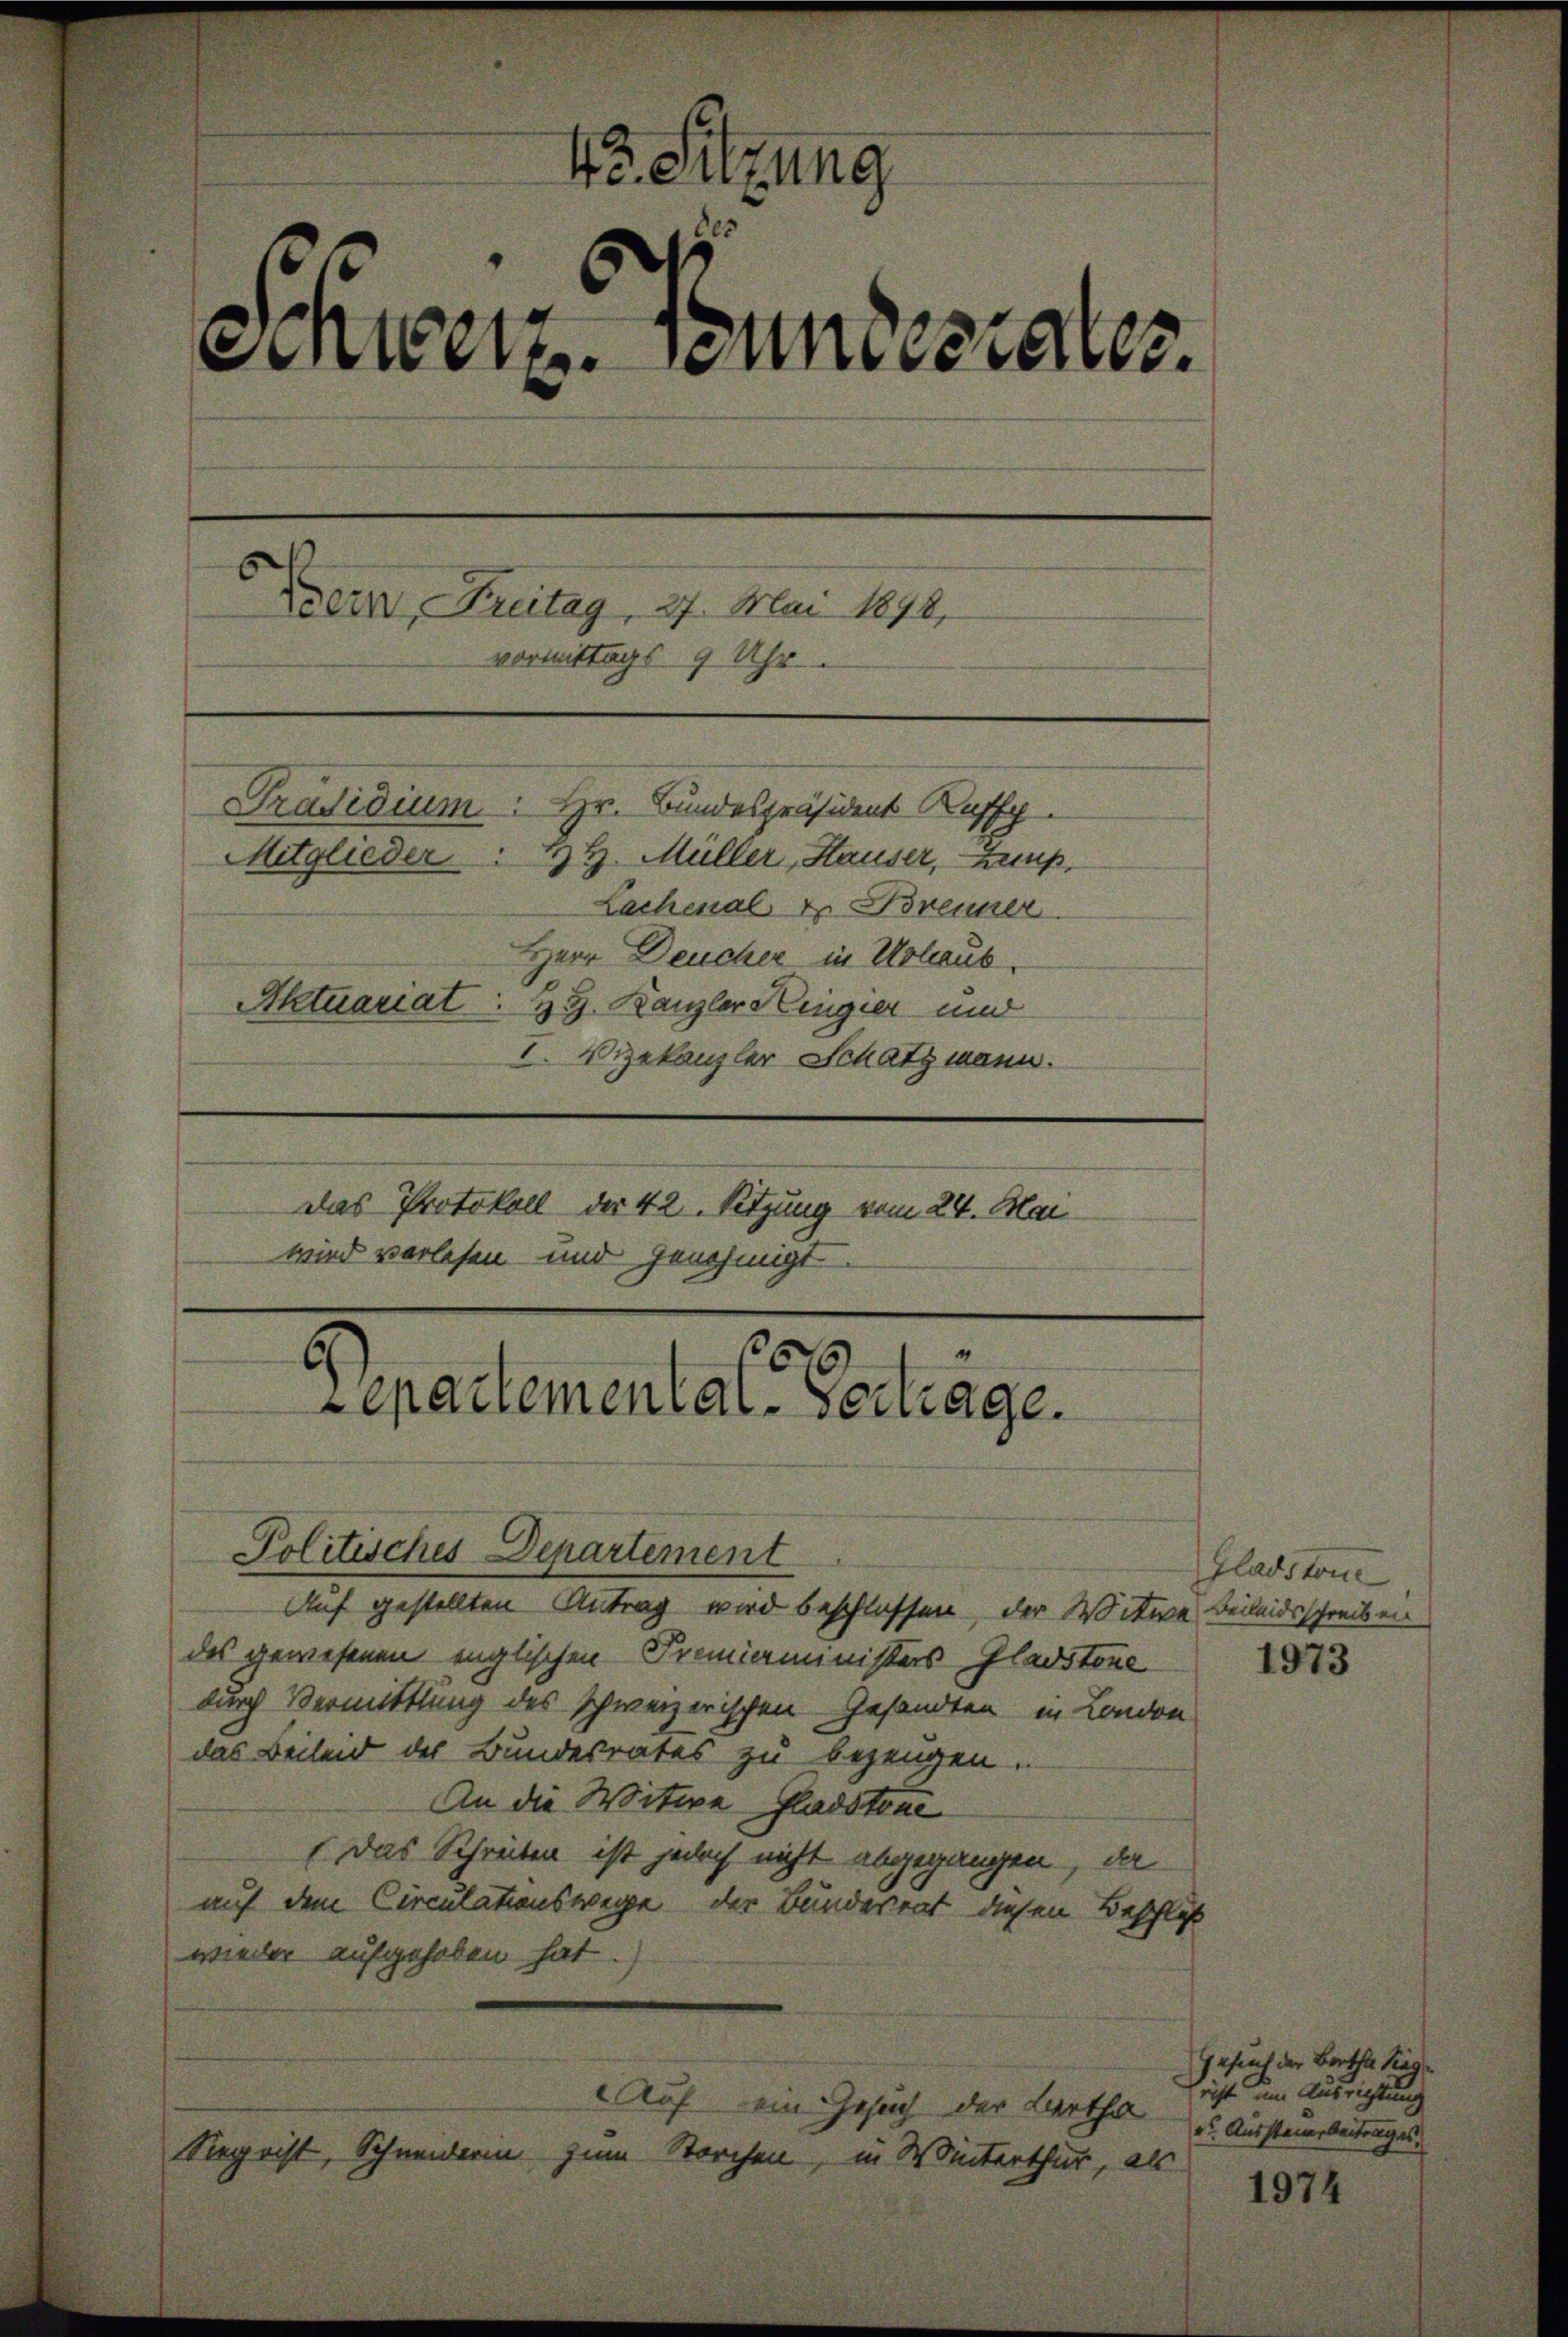
Ve. Sitzung
z
¬
.
Sinterz. Anstater

Bern, Freitag, 27. Mai 1872,
vormittags 9 Uhr.
Präsidium: Hr. Bundespräsident Kaff
2t. Müller, Hauser, Zump,
Mitglieder
Lachenal, z. Brenner
Herr Deucher in Urlaub
Aktuariat
HH. Kanzler Einger und
I. Bekanzler Schatzmann.
Das Protokoll der 42. Sitzung vom 24. Mai
wird verlesen und genehmigt
25
Separtemental-Vertrage.

Auf gestellten Antrag wird beschlossen, der Witwe Beileidsschreiben
des gewesenen englischen Premierministers Gladstone
durch Vermittlung des schweizerischen Gesandten in London
das Beileid der Bundesrates zu bezeugen.
An die Witwe Gladstene
(Das Schreiben ist jedoch nicht abgegangen, da
auf dem Circulationswege der Bundesrat diesen Beschluß
wieder aufgehoben hat.

Politisches Departement

Sigrist, Schneiderin zum Storchen, in Winterthur, als

Auf ein Gesuch der Kartha

Gladston

1973

Gesuch der Bertha Sieg
richt um Ausrichtung
u. Aussteuerbeitrages.

1974